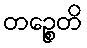
တဉ္စေတိ